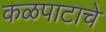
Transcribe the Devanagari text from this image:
कळपाटाचे